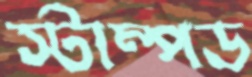
স্টাম্পড